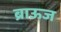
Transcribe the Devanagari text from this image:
ब्राऊज